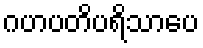
ဂဟပတိပရိသာပေ